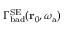
\Gamma _ { \mathrm { b a d } } ^ { \mathrm { S E } } ( \mathbf { r } _ { 0 } , \omega _ { \mathrm { a } } )